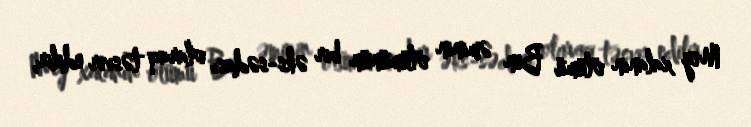
Mey xalanın ölümü Ben əminin ölümünün bir əks-sədası olaraq təsvir edilir,